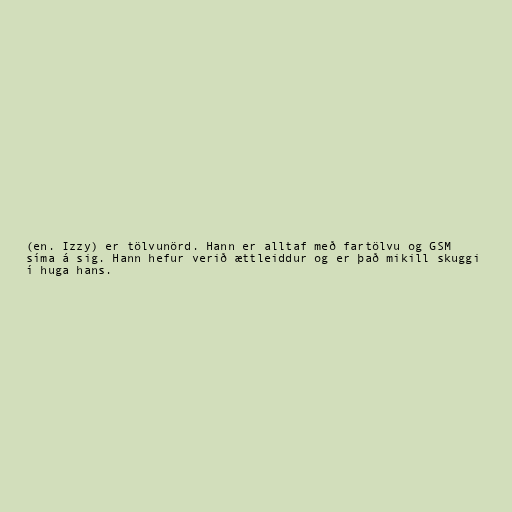
(en. Izzy) er tölvunörd. Hann er alltaf með fartölvu og GSM
síma á sig. Hann hefur verið ættleiddur og er það mikill skuggi
í huga hans.